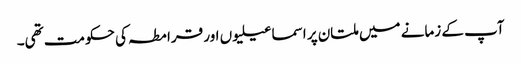
آپ کے زمانے میں ملتان پر اسماعیلیوں اور قرامطہ کی حکومت تھی۔